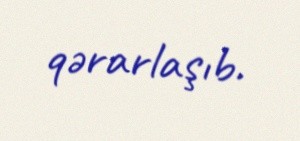
qərarlaşıb.